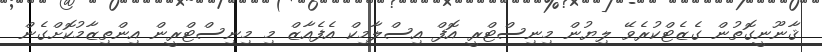
ޤާނޫނީގޮތުން ގެޒެޓްކުރެވޭ ލިޔުން މިނިސްޓްރީ އޮފް އިސްލާމިކް އެފެއާޒް މި މިނިސްޓްރީން އިންތިޒާމުކޮށްގެން